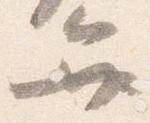
弁